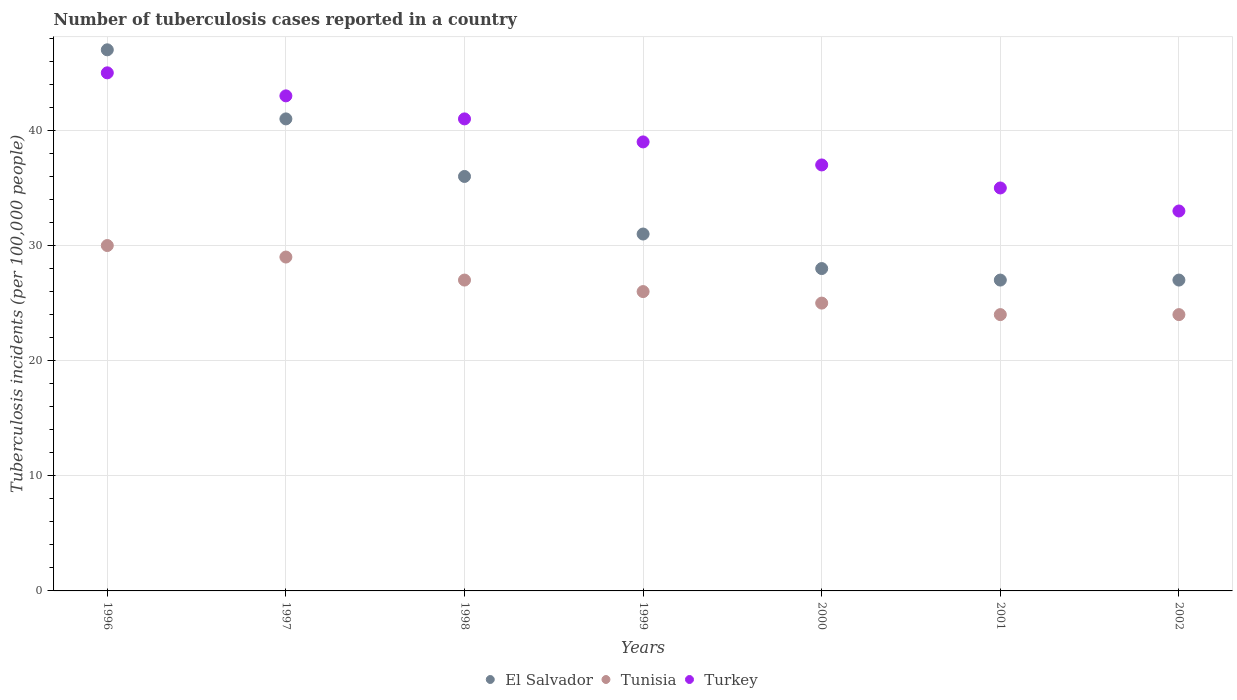
| Years | El Salvador | Tunisia | Turkey |
 | --- | --- | --- | --- |
 | 1996 | 47 | 30 | 45 |
 | 1997 | 41 | 29 | 43 |
 | 1998 | 36 | 27 | 41 |
 | 1999 | 31 | 26 | 39 |
 | 2000 | 28 | 25 | 37 |
 | 2001 | 27 | 24 | 35 |
 | 2002 | 27 | 24 | 33 |